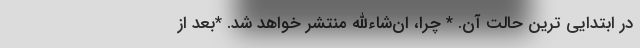
در ابتدایی ترین حالت آن. * چرا، ان‌شاءالله منتشر خواهد شد. *بعد از